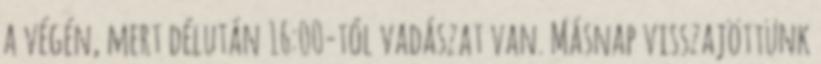
a végén, mert délután 16:00-tól vadászat van. Másnap visszajöttünk